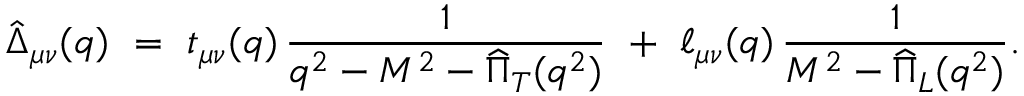
\hat { \Delta } _ { \mu \nu } ( q ) \ = \ t _ { \mu \nu } ( q ) \, \frac { 1 } { q ^ { 2 } - M ^ { 2 } - \widehat { \Pi } _ { T } ( q ^ { 2 } ) } \ + \ \ell _ { \mu \nu } ( q ) \, \frac { 1 } { M ^ { 2 } - \widehat { \Pi } _ { L } ( q ^ { 2 } ) } .